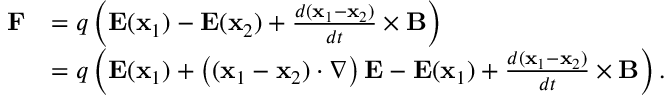
{ \begin{array} { r l } { \mathbf { F } } & { = q \left( \mathbf { E } ( \mathbf { x } _ { 1 } ) - \mathbf { E } ( \mathbf { x } _ { 2 } ) + { \frac { d ( \mathbf { x } _ { 1 } - \mathbf { x } _ { 2 } ) } { d t } } \times \mathbf { B } \right) } \\ & { = q \left( \mathbf { E } ( \mathbf { x } _ { 1 } ) + \left( ( \mathbf { x } _ { 1 } - \mathbf { x } _ { 2 } ) \cdot \nabla \right) \mathbf { E } - \mathbf { E } ( \mathbf { x } _ { 1 } ) + { \frac { d ( \mathbf { x } _ { 1 } - \mathbf { x } _ { 2 } ) } { d t } } \times \mathbf { B } \right) . } \end{array} }